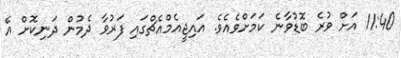
11:40 އަށް ވުރެ ބޮޑުވާނެ ކަމަށްވެއެވެ. އައިޖީއެމްއެޗްގައި ފަރުވާ ދެމުން ދަނިކޮށް އެ